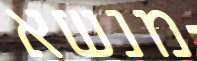
מנשא